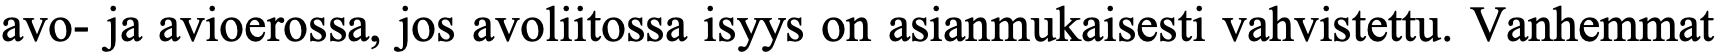
avo- ja avioerossa, jos avoliitossa isyys on asianmukaisesti vahvistettu. Vanhemmat